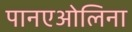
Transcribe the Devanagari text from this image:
पानएओलिना